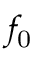
f _ { \mathrm { 0 } }